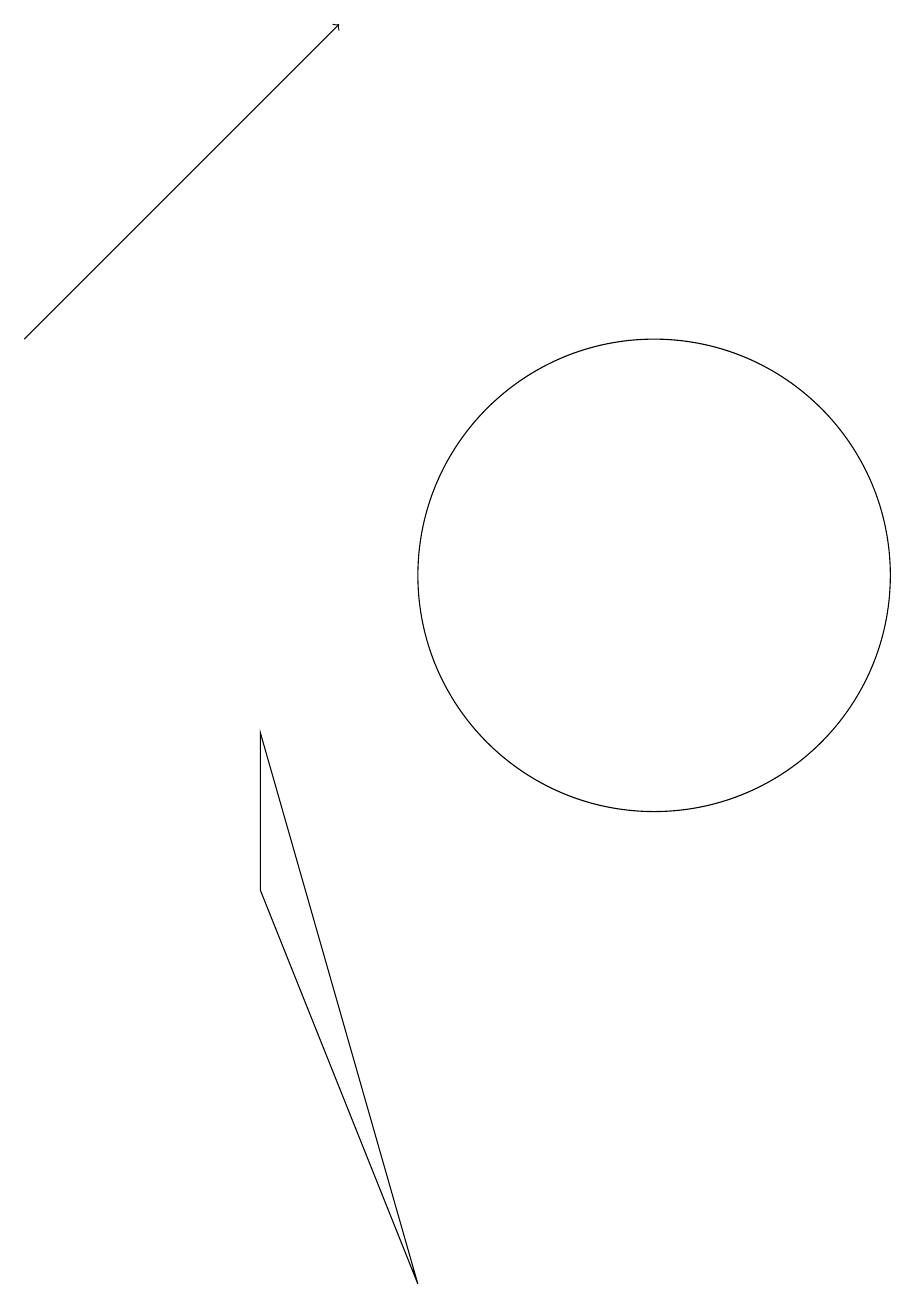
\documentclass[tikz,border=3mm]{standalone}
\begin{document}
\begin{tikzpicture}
\draw (10,11) circle (3);
\draw[->] (2,14) -- (6,18);
\draw (7,2) -- (5,7) -- (5,9) -- cycle;
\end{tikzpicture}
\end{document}